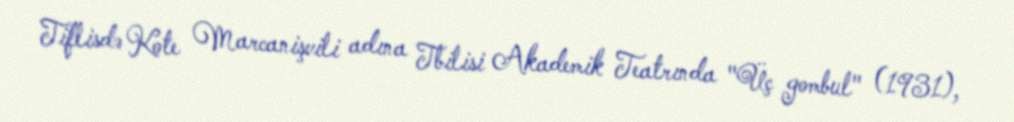
Tiflisdə Kote Marcanişvili adına Tbilisi Akademik Teatrında "Üç gombul" (1931),